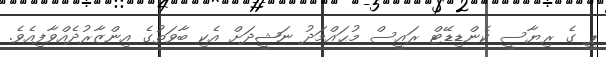
ޕީ ގެ ރިޔާސީ ކެންޑިޑޭޓް ރައީސް މުޙައްމަދު ނަޝީދަށް އެކި ބާވަތުގެ އިންޒާރުދެއްވާފިއެވެ.